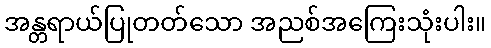
အန္တရာယ်ပြုတတ်သော အညစ်အကြေးသုံးပါး။